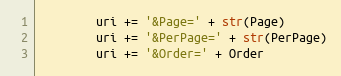
Language: Python
        uri += '&Page=' + str(Page)
        uri += '&PerPage=' + str(PerPage)
        uri += '&Order=' + Order